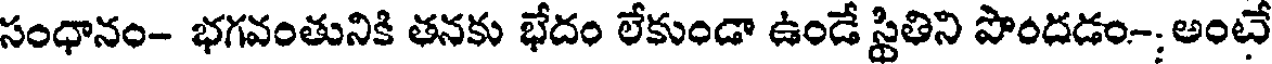
సంధానం- భగవంతునికి తనకు భేదం లేకుండా ఉండే స్థితిని పొందడం-; అంటే